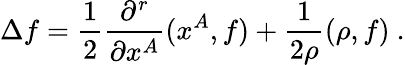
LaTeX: \Delta f=\frac{1}{2}\frac{\partial^{r}}{\partial x^{A}}(x^{A},f)+\frac{1}{2\rho}(\rho,f)~.